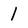
Character: l